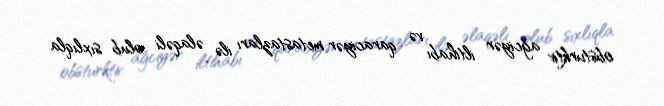
obsturktiv ağciyər iltihabı və qaraciyər metastazları ilə əlaqəli olub sıxlıqla